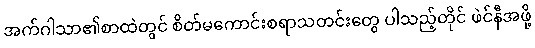
အက်ဂါသာ၏စာထဲတွင် စိတ်မကောင်းစရာသတင်းတွေ ပါသည့်တိုင် ဖဲင်နီအဖို့